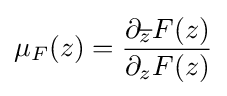
\mu _{F}(z)={\partial _{\overline {z}}F(z) \over \partial _{z}F(z)}